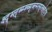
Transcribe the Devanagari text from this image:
क्ष्द्म्ल्ब्म्ब्च्म्ब्ल्म्ल्स्र्ल्क्ष्ल्द्फ्